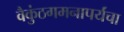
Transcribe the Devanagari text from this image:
वैकुंठगमनापर्यंचा